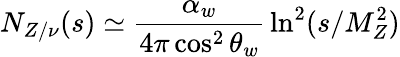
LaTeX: N_{Z/\nu}(s)\simeq\displaystyle{\frac{\alpha_{w}}{4\pi\cos^{2}\theta_{w}}}\ln^{2}(s/M_{Z}^{2})